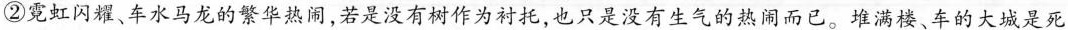
②霓虹闪耀、车水马龙的繁华热，若是没有树作为衬托，也只是没有生气的热闹而已。堆满楼、车的大城是死